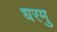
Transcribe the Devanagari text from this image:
धरमु